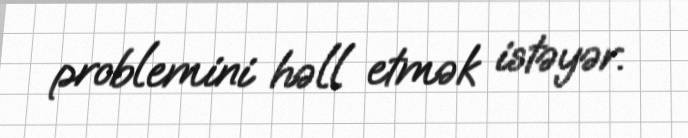
problemini həll etmək istəyər.